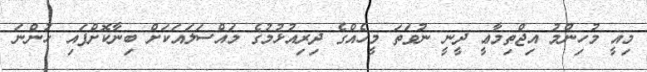
މިއީ މުހިންމު އިޖްތިމާޢީ ދީނީ ނުވަތަ މީހެއްގެ ދިރިއުޅުމުގެ މައްސަލައަކަށް ބިނާކޮށްފައި ހުންނަ